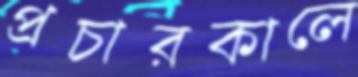
প্রচারকালে